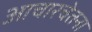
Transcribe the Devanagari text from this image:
आचारचेतना